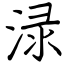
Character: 渌